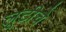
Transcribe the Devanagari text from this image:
लूटीचे